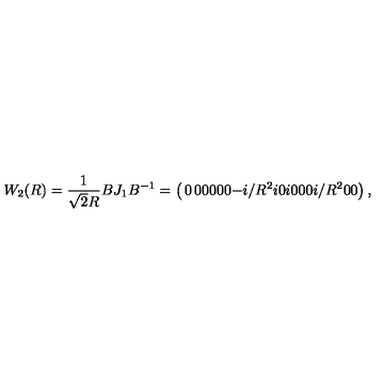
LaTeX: W _ { 2 } ( R ) = { \frac { 1 } { \sqrt { 2 } R } } B J _ { 1 } B ^ { - 1 } = \left( \begin{matrix} { 0 } & { 0 } & { 0 } & { 0 } \\ { 0 } & { 0 } & { - i / R ^ { 2 } } & { i } \\ { 0 } & { i } & { 0 } & { 0 } \\ { 0 } & { i / R ^ { 2 } } & { 0 } & { 0 } \\ \end{matrix} \right) ,